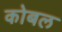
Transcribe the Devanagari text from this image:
कोबल